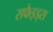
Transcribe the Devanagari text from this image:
सफेइड्स